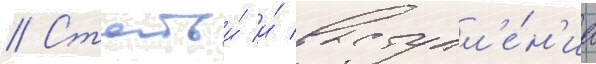
// Статьи́ и́ выступл'е́н'иа